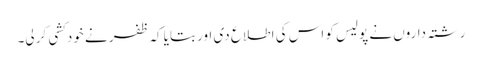
رشتہ داروں نے پولیس کو اس کی اطلاع دی اور بتایا کہ ظفر نے خودکشی کر لی۔